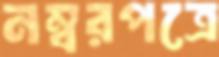
নম্বরপত্রে